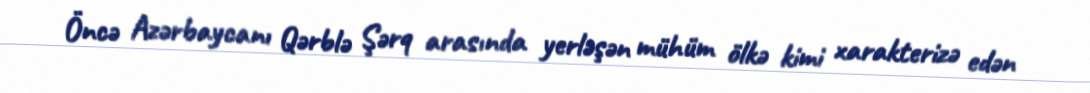
Öncə Azərbaycanı Qərblə Şərq arasında yerləşən mühüm ölkə kimi xarakterizə edən